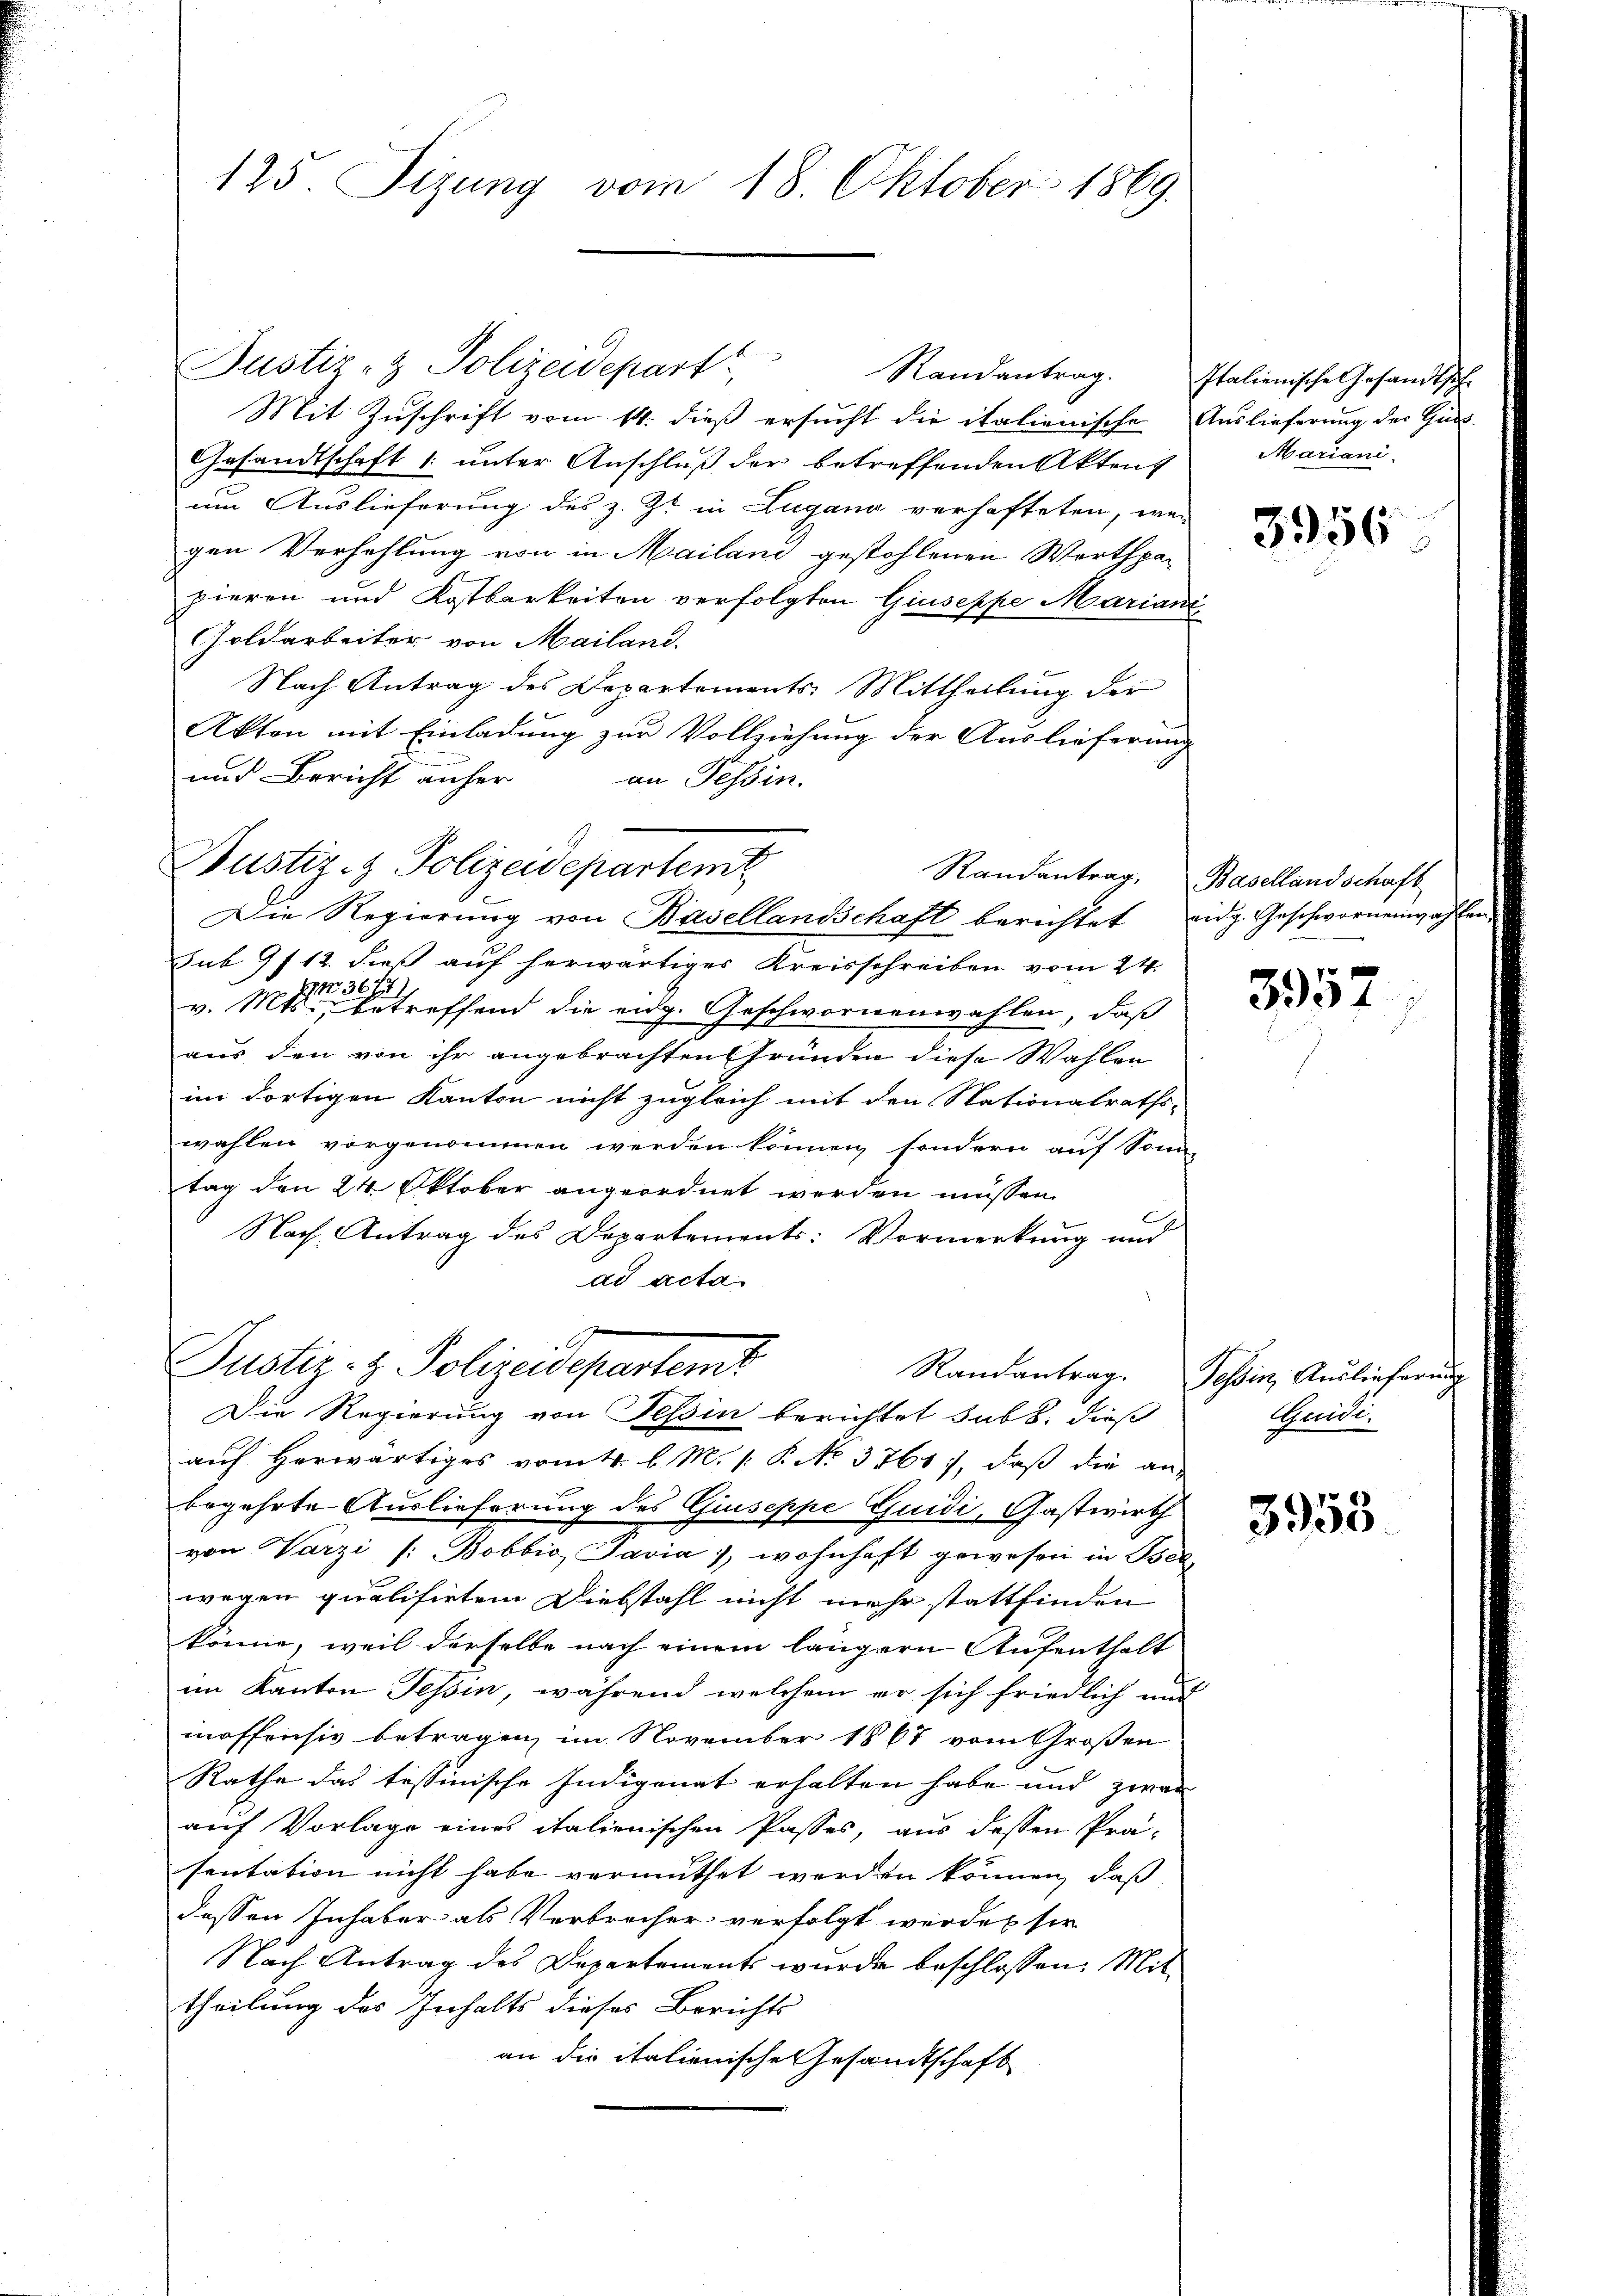
125. Sizung vom 18. Oktober 1869.

Randantrag.
Mit Zuschrift vom 14. dieß ersucht die italienische Auslieferung der Gies¬
Gesandtschaft 1. unter Anschluß der betreffenden Akten
um Auslieferung des z. Zt. in Lugano verhafteten, wenn
gen Verhehlung von in Mailand gestehlenen Werthpapieren und Kostbarkeiten verfolgten Giuseppe Mariani
Goldarbeiter von Mailand.
Nach Antrag des Departements: Mittheilung der
Akten mit Einladung zur Vollziehung der Auslieferung
und Bericht anher
an Tessin.
Die Regierung von Basellandschaft berichtet eidg. Geschwornenwahl
sub 9/12. dieß auf herwärtiges Kreisschreiben vom 24.
EN 36. 14
v. Mts., betreffend die eidg. Geschwornenwahlen, daß
aus den von ihr angebrachten Gründen diese Wahlen
im dortigen Kanton nicht zugleich mit den Nationalraths-
wahlen vorgenommen werden können, sondern auf Sonn-
tag den 24. Oktober angeordnet werden müssen.
Nach Antrag des Departements: Vormerkung und
ad acta
d
Justiz- & Polizeidepartemt
Randantrag. Tessin, Auslieferung
Die Regierung von Tessin berichtet sub 8. dieß
auf herwärtiges vom 4. l. M. 1. P. No 3761), daß die an-
begehrte Auslieferung des Giuseppe Guidi, Gastwirth
von Varzi /: Bobbio Javia, wohnhaft gewesen in Oser,
wegen qualisirtem Diebstahl nicht mehr stattfinden
könne, weil derselbe nach einem längern Aufenthalt
im Kanton Tessin, während welchem er sich friedlich und
moffensiv betragen, im November 1867 vom Großen
Rathe das tessinische Indigonat erhalten habe und zwar
auf Vorlage eines italienischen Passes, aus dessen Prä-
sentation nicht habe vermuthet werden können, daß
dessen Inhaber als Verbrecher verfolgt werden sie
Nach Antrag des Departement wurde beschlossen: Mit
theilung des Inhalts dieses Berichts
an die italienische Gesandtschaft

Justiz- & Polizeidepart

Nustiz- & Polizeidepartemt

Randantrag, Basellandschaft

Italienische Gesandtsch.
Mariani.
3956

3957

Quidi.

3958.